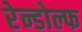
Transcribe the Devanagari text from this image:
रेन्डोल्फ